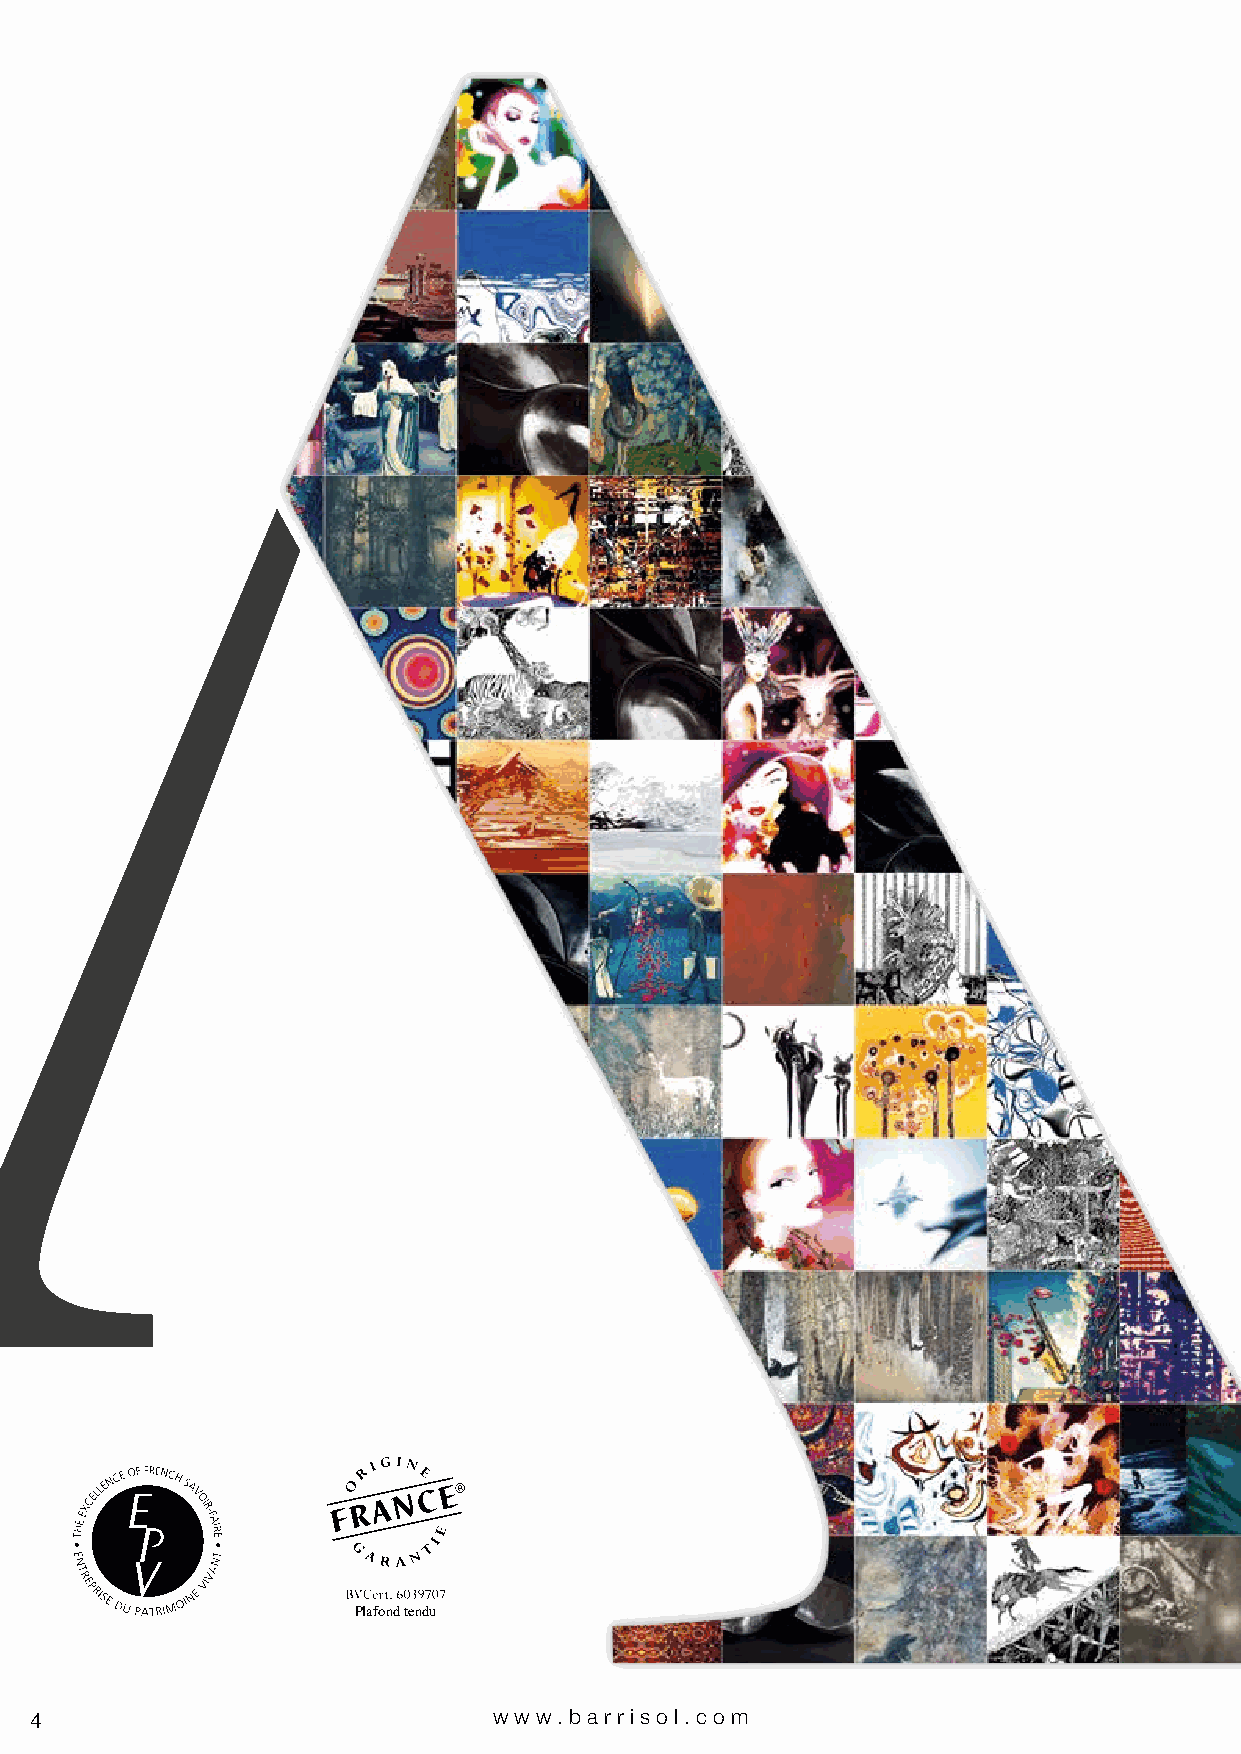
T
 ART
 in       your              heart
 Plafond tendu
 4                              www.bar riso l. com